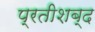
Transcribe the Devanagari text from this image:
प्रतीशब्द